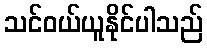
သင်ဝယ်ယူနိုင်ပါသည်